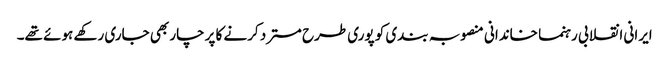
ایرانی انقلابی رہنما خاندانی منصوبہ بندی کو پوری طرح مسترد کرنے کا پرچار بھی جاری رکھے ہوئے تھے۔